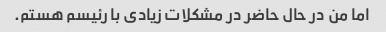
اما من در حال حاضر در مشکلات زیادی با رئیسم هستم.